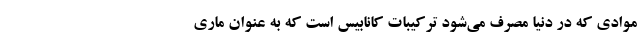
موادی که در دنیا مصرف می‌شود ترکیبات کانابیس است که به عنوان ماری